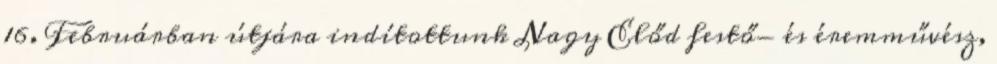
16. Februárban útjára indítottunk Nagy Előd festő- és éremművész,